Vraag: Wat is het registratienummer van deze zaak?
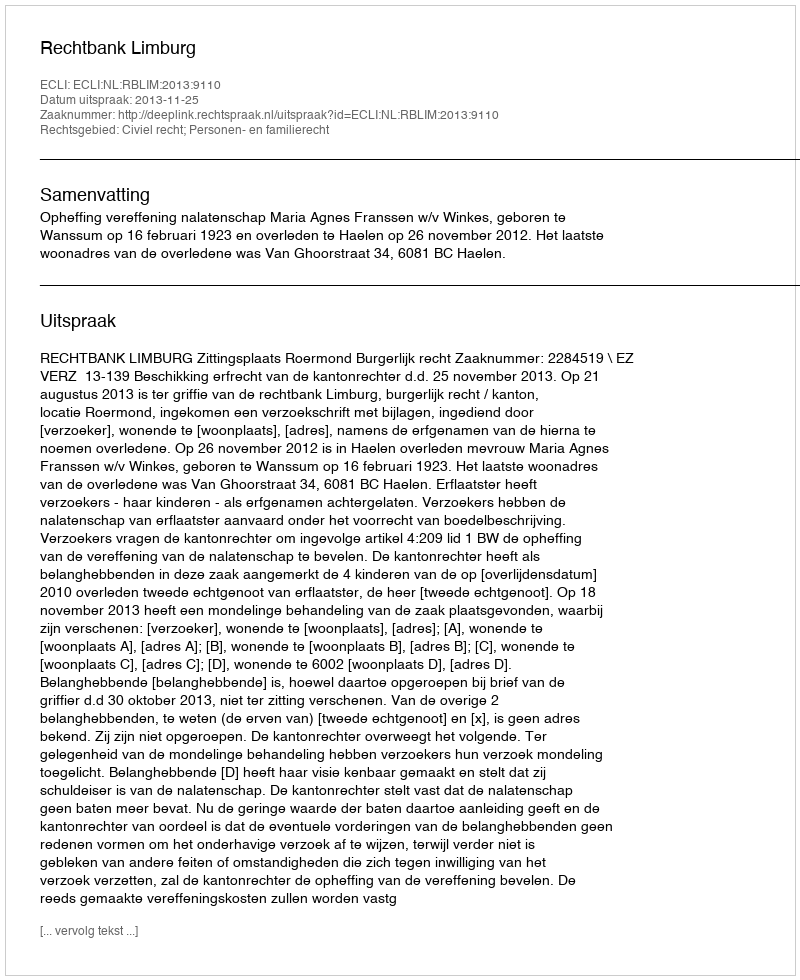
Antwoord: http://deeplink.rechtspraak.nl/uitspraak?id=ECLI:NL:RBLIM:2013:9110